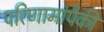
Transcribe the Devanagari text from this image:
परिणामांपैकी